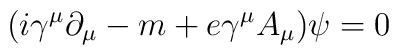
(i\gamma ^{\mu }\partial _{\mu }-m+e\gamma ^{\mu }A_{\mu })\psi =0